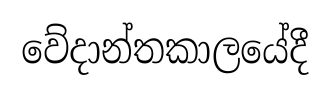
වේදාන්තකාලයේදී